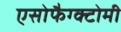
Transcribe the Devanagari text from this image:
एसोफैग्क्टोमी